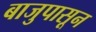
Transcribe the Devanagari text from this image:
बाजुपासून